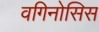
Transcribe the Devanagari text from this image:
वगिनोसिस